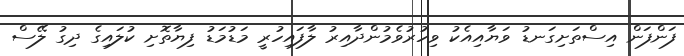
ފަންފަން އިސްތަށިގަނޑު ވަޔާއިއެކު ވިހުރުވެމުންދާއިރު ލާފައިހުރީ މަޑުމަޑު ފިޔާތޮށި ކުލައިގެ ދިގު ލޭސް